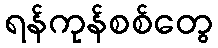
ရန်ကုန်စစ်တွေ